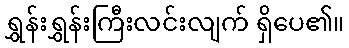
ရွှန်းရွှန်းကြီးလင်းလျက် ရှိပေ၏။